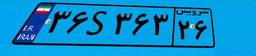
۳۶S۳۶۳۲۶